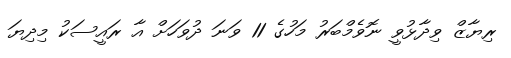
ރިޔާޒް ވިދާޅުވީ ނޮވެމްބަރު މަހުގެ 11 ވަނަ ދުވަހަށް އާ ރައީސަކު މިދިޔަ